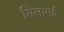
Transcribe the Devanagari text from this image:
सिलामई